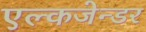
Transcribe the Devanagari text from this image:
एल्कजेन्डर